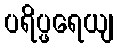
ပရိပ္ဖရေယျ